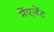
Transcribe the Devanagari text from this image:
मेंएजेंट